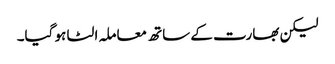
لیکن بھارت کے ساتھ معاملہ الٹا ہو گیا۔